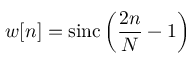
w [ n ] = \operatorname { s i n c } \left( { \frac { 2 n } { N } } - 1 \right)